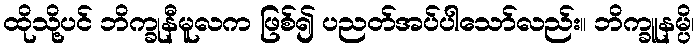
ထိုသို့ပင် ဘိက္ခုနီမူလက ဖြစ်၍ ပညတ်အပ်ပါသော်လည်း။ ဘိက္ခူနမ္ပိ၊